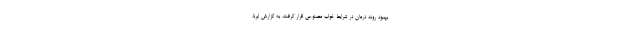
بهبود روند درمان در شرایط خواب مصنوعی قرار گرفت. به گزارش ایرنا،